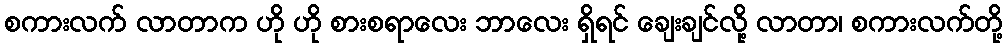
စကားလက် လာတာက ဟို ဟို စားစရာလေး ဘာလေး ရှိရင် ချေးချင်လို့ လာတာ၊ စကားလက်တို့